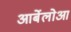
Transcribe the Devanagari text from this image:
आर्बेलोआ